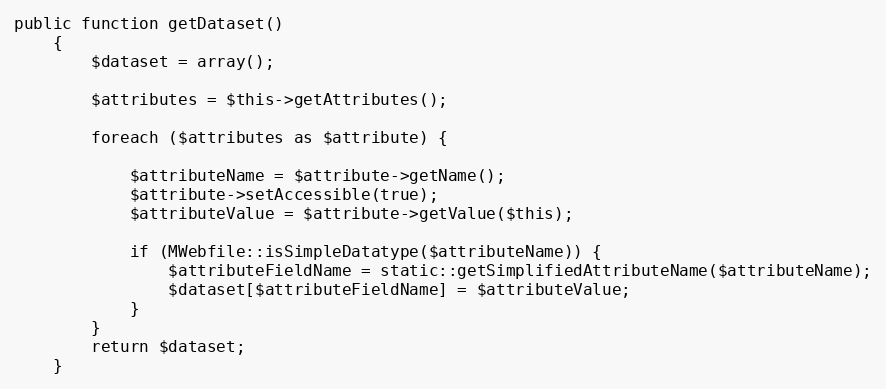
Language: PHP
public function getDataset()
    {
        $dataset = array();

        $attributes = $this->getAttributes();

        foreach ($attributes as $attribute) {

            $attributeName = $attribute->getName();
            $attribute->setAccessible(true);
            $attributeValue = $attribute->getValue($this);

            if (MWebfile::isSimpleDatatype($attributeName)) {
                $attributeFieldName = static::getSimplifiedAttributeName($attributeName);
                $dataset[$attributeFieldName] = $attributeValue;
            }
        }
        return $dataset;
    }